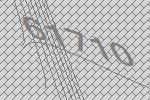
61710